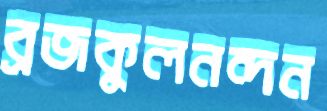
ব্রজকুলনন্দন